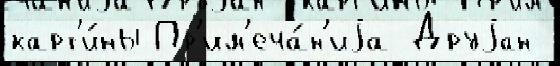
карт'и́ны Пр'им'еча́н'иjа Друjан